Lunatic asylums Madras 1892-1911 - 1892-1911
Year: 1892
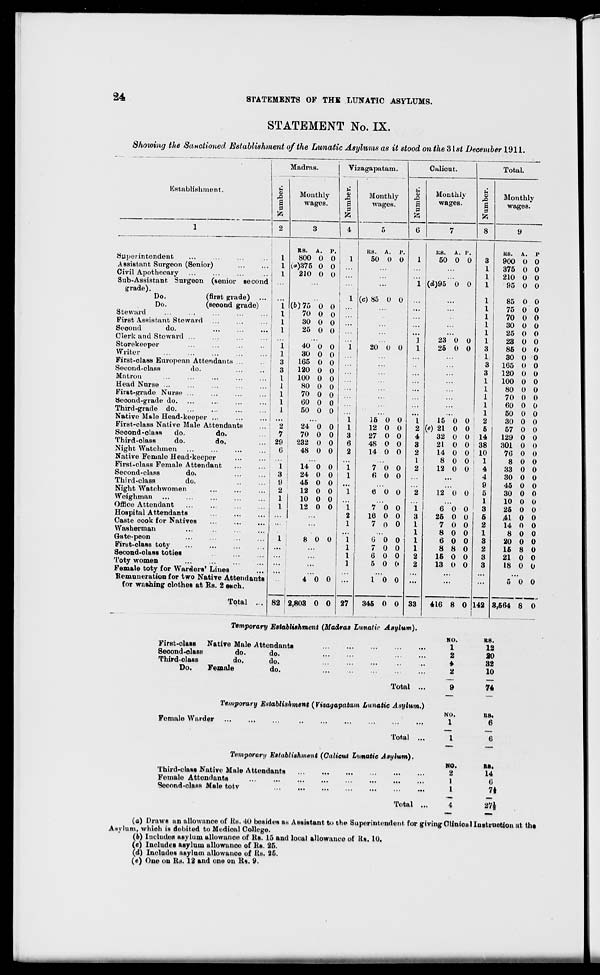
24
STATEMENTS OP THE LUNATIC ASYLUMS.
STATEMENT No. IX.
Shouting the Sanctioned Establishment of the Lunatic Asylums as it stood on the Slst December 1911.
Kstablishment.
Madras.
u
G
.a
a
p
Monthly
wages.
Vizagapatam.
G
P
4
Monthly
wages.
Calicut.
G
P
Total.
Monthly
wages.
7
G
a p
(senior second
(first grade)
(second grade)
Superintendent
Assistant Surgeon (Senior)
Civil Apothecary
Sub-Assistant Surgeon
grade).
Do.
Do.
Steward
First Assistant Steward
Seoond
do.
Clerk and Steward
Storekeeper
Writer
First-class European Attendants ...
Second-class
do.
Matron
Head Nurse ...
First-grade Nurse ...
Seoond-grade do.
Third-grade do
Native Male Head-keeper ...
First-class Native Male Attendants
Seoond-o'.ass
do.
do.
Third-olass
do.
do.
Night Watchmen
Native Female Head-keeper
First-class Female Attendant
Second-class
do.
Third-class
do.
Night Watch worn en
Weighman
OflBco Attendant
...
...
Hospital Attendants
Caste cook for Natives
Washerman
Gate-peon
First-class toty
Second-olass toties
Toty women
Female toty for Warders' Lines
Remuneration for two Native Attendants
for washing clothes at EM. 2 each.
Total ...
1
1
1
I
i
i
3
3
I
I
1
1
1
2
7
29
6
I
3
9
2
1
1
Rs. A.
800 0
l«)375 0
210 0
(6)75 0
70 0
30 0
25 0
40 0
30 0
165 0
120 0
100 0
80 0
70 0
60 0
50 0
24 0
70 0
232 0
48 0
14 0
24 0
45 0
12 0
10 0
12 0
P.
0
0
0
0
0
0
0
0
V
0
0
0
0
0
0
0
0
0
0
0
0
0
0
0
0
0
8 0 0
4 0 0
82 | 2,803 0 0
1
2
1
1
1 i
I
1
27
Ks. A. p.
50 0 0
1
i
(c) 85 0 0
i
20 0 0
I
15 0 0
i
12 0 0
2
27 0 0
4
48 0 0
S
14 0 0
2
1
7 0 0
2
6 0 0
6 0 0
2
7 0 0
i
16 0 0
3
7 0 0
1
1
6 0 0
1
7 0 0
1
6 0 0
2
5 0 0
2
1 0 0
33
345 0 0
First-olass
Native Male Attendants
Second-class
do.
do.
Third-class
do.
do.
Do.
Female
do.
its. A. P.
50 0 0
(d)95 0 0
23 0
25 0
15 0
(e) 21 0
32 0
21 0
14 0
8 0
12 0
6 0
25 0
7
8
6
Temporary Establishment (Madras Lunatic Asylum).
O
0
0
8 8
15 0
13 0
0
0
0 ! 14i
3
1
1
1
1
1
1
1
1
1
3
1
3
3
1
1
1
1
1
2
6
12 0 0
(»
0
0
0
0
0
0
0
416 8 0
38
10
1
4
4
9
5
1
3
5
2
1
3
2
3
3
142
Monthly
wages.
us. A. p
900 0 0
375 0 0
210 0 0
95 0 0
85 0 0
75 0 0
70 0 0
30 0 0
25 0 0
23 0 0
86 0 0
30 0 0
165 0 0
120 0 0
100 0 0
80 0 0
70 0 0
60 0 0
50 0 0
30 0 0
57 0 0
129 0 0
301 0 0
76 0 0
8 0 0
33 0 0
30 0 0
45 0 0
30 0 0
10 0 0
25 0 0
41 0 0
14 0 0
8 0 0
20 0 0
16 8 0
21 0 0
18 0 0
5 0 0
3,564 8 0
NO.
1CS.
1
12
2
20
*
32
2
10
Total
74
Temporary Establishment (Vizagapatam Lunatic Asylum.)
Female Warder
Temporary Establishment (Calicut Limatic Asylum)
Third-class Native Male Attendants
Female Attendants
Second-olass Male totv
NO.
1
RS.
6
Total ...
1
6
liam)
...
NO.
2
1
1
KB.
14
6
7*
Total
27*
(a) Drawl «n allowance of Us. 40 besides a« Assistant to the Superintendent for giving Clinical Instruction at th«
Any lum, whioh is debited to Medical College.
(b) Includes asylum allowance of Rs. 15 and local allowance of Us. 10.
(c) Includes asylum allowance of Rs. 25.
(d) Includes asylum allowance of Us. '25.
(e) One on Rs. 12 and one on Rs. 9.